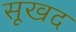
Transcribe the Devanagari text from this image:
सूखद